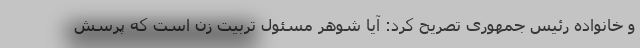
و خانواده رئیس جمهوری تصریح کرد: آیا شوهر مسئول تربیت زن است که پرسش